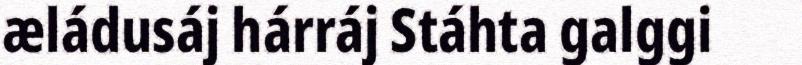
æládusáj hárráj Stáhta galggi